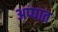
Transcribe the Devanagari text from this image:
अप्घात